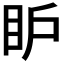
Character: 𥄅